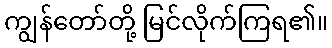
ကျွန်တော်တို့ မြင်လိုက်ကြရ၏။